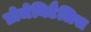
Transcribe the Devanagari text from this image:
प्रोजेनिटैलिस